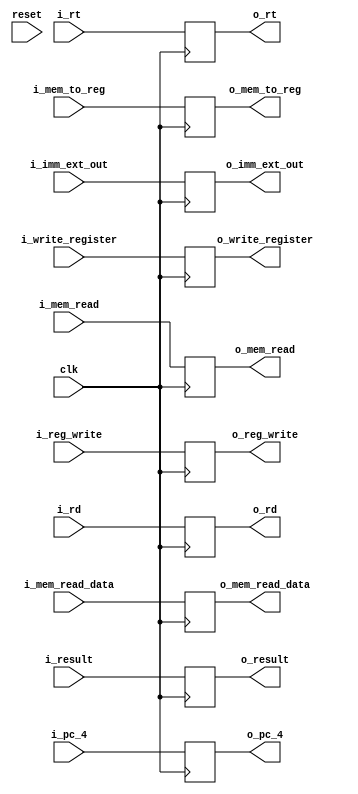
`timescale 1ns / 1ps
module MEM_WB_Register(reset,
                       clk,
                       i_result,
                       i_mem_read_data,
                       i_pc_4,
                       i_imm_ext_out,
                       i_reg_write,
                       i_mem_to_reg,
                       i_mem_read,
                       i_write_register,
                       i_rt,
                       i_rd,
                       o_result,
                       o_mem_read_data,
                       o_pc_4,
                       o_imm_ext_out,
                       o_reg_write,
                       o_mem_to_reg,
                       o_mem_read,
                       o_write_register,
                       o_rt,
                       o_rd);
    input reset;
    input clk;
    input i_reg_write;
    input i_mem_read;
    input [1:0] i_mem_to_reg;
    input [4:0] i_write_register;
    input [4:0] i_rt;
    input [4:0] i_rd;
    input [31:0] i_result;
    input [31:0] i_mem_read_data;
    input [31:0] i_pc_4;
    input [31:0] i_imm_ext_out;
    
    output reg o_reg_write;
    output reg o_mem_read;
    output reg [1:0] o_mem_to_reg;
    output reg [4:0] o_write_register;
    output reg [4:0] o_rt;
    output reg [4:0] o_rd;
    output reg [31:0] o_result;
    output reg [31:0] o_mem_read_data;
    output reg [31:0] o_pc_4;
    output reg [31:0] o_imm_ext_out;
    
    always @(posedge clk) begin
            o_reg_write      <= i_reg_write;
            o_mem_read       <= i_mem_read;
            o_pc_4           <= i_pc_4;
            o_mem_to_reg     <= i_mem_to_reg;
            o_result         <= i_result;
            o_mem_read_data  <= i_mem_read_data;
            o_imm_ext_out    <= i_imm_ext_out;
            o_write_register <= i_write_register;
            o_rt             <= i_rt;
            o_rd             <= i_rd;
    end
    
endmodule